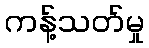
ကန့်သတ်မှု